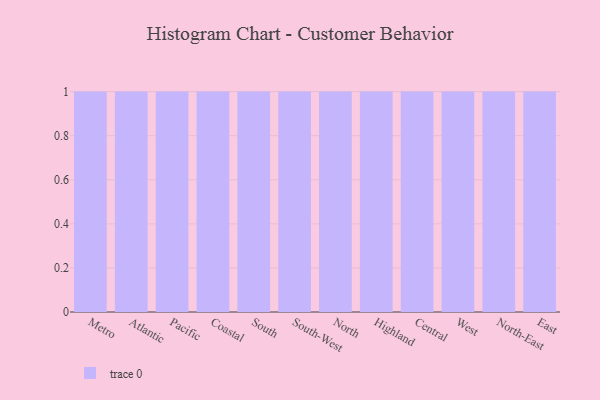
{"axis": {"x": "Region", "y": "Revenue (USD Million)"}, "legend": [""], "data": [{"x": "Metro", "y": 61, "type": ""}, {"x": "Atlantic", "y": 43, "type": ""}, {"x": "Pacific", "y": 65, "type": ""}, {"x": "Coastal", "y": 27, "type": ""}, {"x": "South", "y": 77, "type": ""}, {"x": "South-West", "y": 95, "type": ""}, {"x": "North", "y": 96, "type": ""}, {"x": "Highland", "y": 90, "type": ""}, {"x": "Central", "y": 62, "type": ""}, {"x": "West", "y": 24, "type": ""}, {"x": "North-East", "y": 63, "type": ""}, {"x": "East", "y": 31, "type": ""}]}